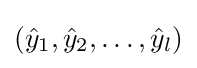
({\hat {y}}_{1},{\hat {y}}_{2},\dots ,{\hat {y}}_{l})